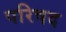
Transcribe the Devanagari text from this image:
परिषद